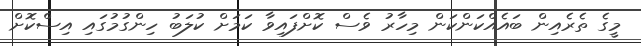
މީގެ ތެރެއިން ބައެއްކަންކަން މިހާރު ވެސް ކޮށްފައިވާ ކަމަށް ކުލަބު ހިންގުމުގައި އިސްކޮށް